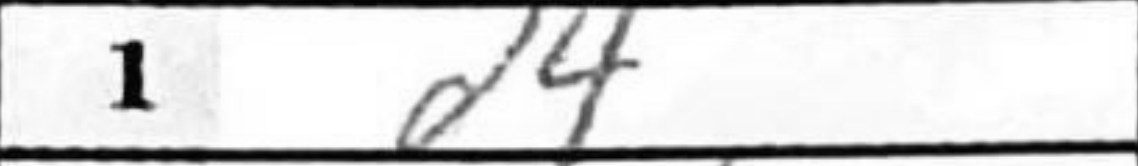
Transcription: d4